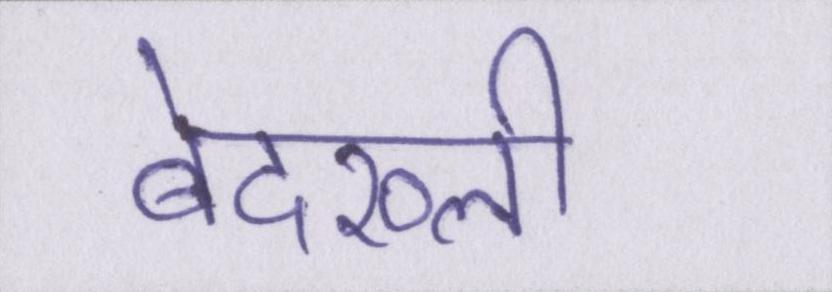
बेदख्ली